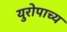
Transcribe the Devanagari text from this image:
युरोपाच्य